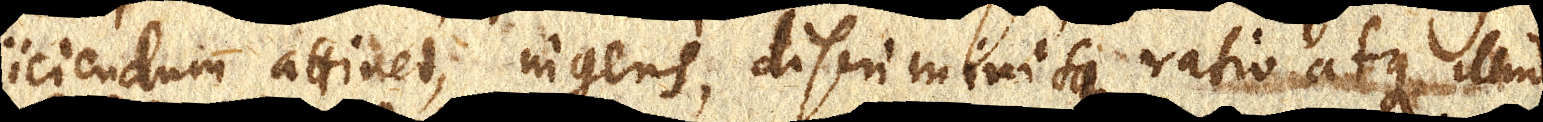
jiciendum attinet, ingens, discriminisque ratio atque illud